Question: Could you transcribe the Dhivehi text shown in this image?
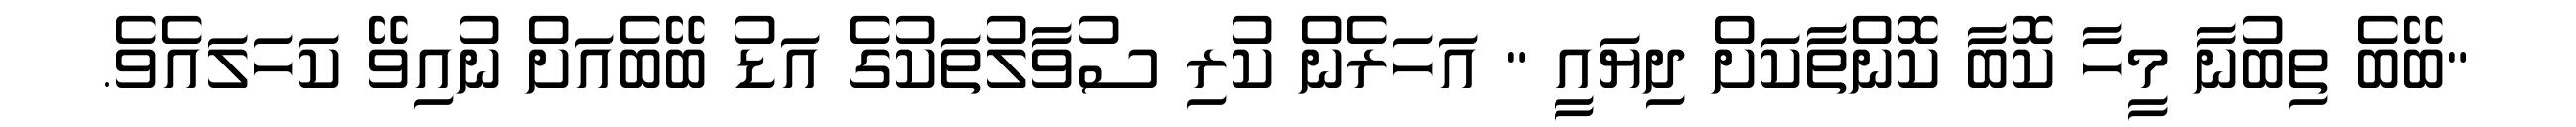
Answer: "ބޭބެ ތިބުނާ މީހާ ކޮބާ ކޮންތާކަށް ދިޔައީ " އަހަރެން ކުރި ސުވާލުތަކުގެ އަޑު ބޭބެއަށް ނުއިވޭ ކަހަލައެވެ.